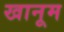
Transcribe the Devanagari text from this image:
खानूम